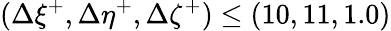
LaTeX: (\Delta\xi^{+},\Delta\eta^{+},\Delta\zeta^{+})\leq(10,11,1.0)